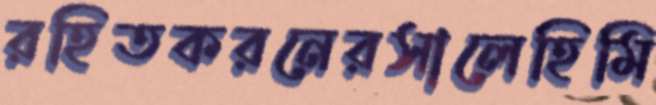
রহিতকরনেরসালেহিমি